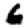
Digit: 6